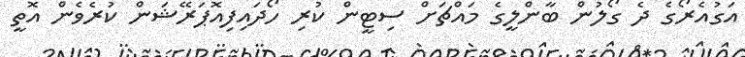
އަގުއެރޯގެ ދެ ގޯލުން ބާންލީގެ މައްޗަށް ސިޓީން ކުރި ހޯދައިފިއޮޕަރޭޝަން ކުރެވެން އޮތީ